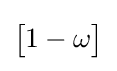
\left[{\begin{matrix}1-\omega \end{matrix}}\right]